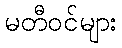
မတီဝင်များ